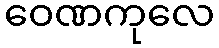
ဝေဏကုလေ